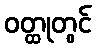
ဝတ္ထုတွင်